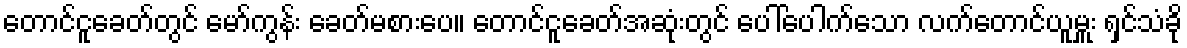
တောင်ငူခေတ်တွင် မော်ကွန်း ခေတ်မစားပေ။ တောင်ငူခေတ်အဆုံးတွင် ပေါ်ပေါက်သော လက်တောင်ယူမှူး ရှင်သံခို